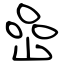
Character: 嵒